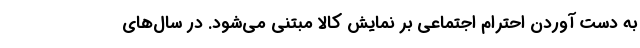
به دست آوردن احترام اجتماعی بر نمایش کالا مبتنی می‌شود. در سال‌های